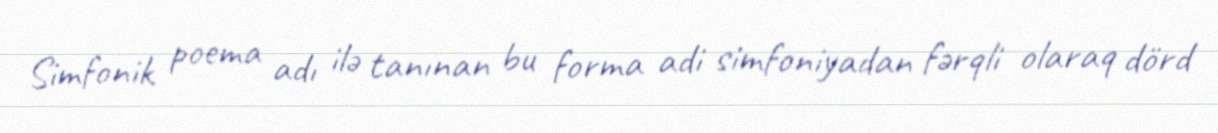
Simfonik poema adı ilə tanınan bu forma adi simfoniyadan fərqli olaraq dörd